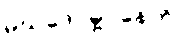
မဃဒေဝမ္ဗဝနေတိ